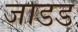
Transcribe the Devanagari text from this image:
जाडड